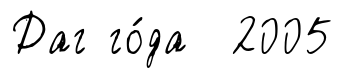
Даг го́да 2005